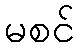
မစင်